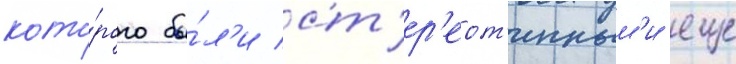
кото́рого бы́л'и ст'ер'еот'ипным'и еще